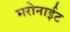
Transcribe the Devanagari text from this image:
मरोनाईट